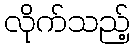
လိုက်သည့်